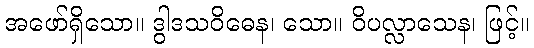
အဖော်ရှိသော။ ဒွါဒသဝိဓေန၊ သော။ ဝိပလ္လာသေန၊ ဖြင့်။